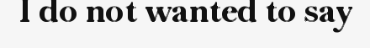
I do not wanted to say